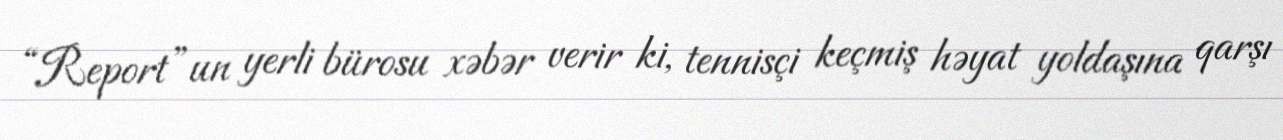
“Report”un yerli bürosu xəbər verir ki, tennisçi keçmiş həyat yoldaşına qarşı